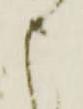
申